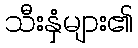
သီးနှံများ၏